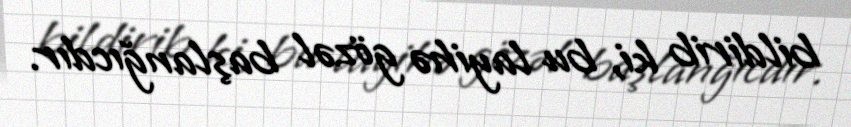
bildirib ki, bu layihə gözəl başlanğıcdır.